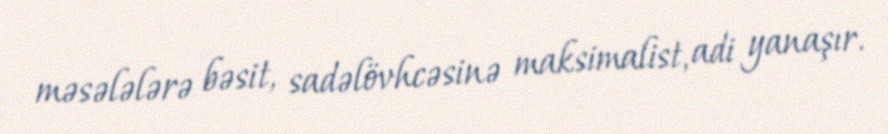
məsələlərə bəsit, sadəlövhcəsinə maksimalist, adi yanaşır.